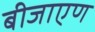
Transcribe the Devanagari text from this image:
बीजाएण